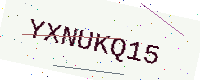
Text: YXNUKQ15